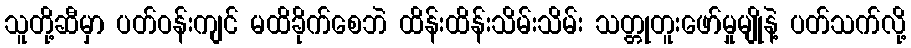
သူတို့ဆီမှာ ပတ်ဝန်းကျင် မထိခိုက်စေဘဲ ထိန်းထိန်းသိမ်းသိမ်း သတ္တုတူးဖော်မှုမျိုနဲ့ ပတ်သက်လို့